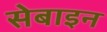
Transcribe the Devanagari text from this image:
सेबाइन